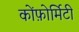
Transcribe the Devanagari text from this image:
कोंफ़ोर्मिटी